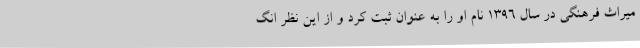
میراث فرهنگی در سال 1396 نام او را به عنوان ثبت کرد و از این نظر انگ